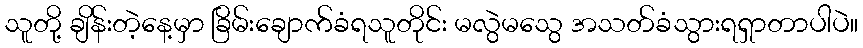
သူတို့ ချိန်းတဲ့နေ့မှာ ခြိမ်းချောက်ခံရသူတိုင်း မလွဲမသွေ အသတ်ခံသွားရရှာတာပါပဲ။